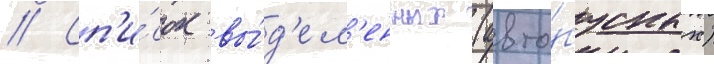
// Сп'и́сок вы́д'ел'енных (авто́бусных)